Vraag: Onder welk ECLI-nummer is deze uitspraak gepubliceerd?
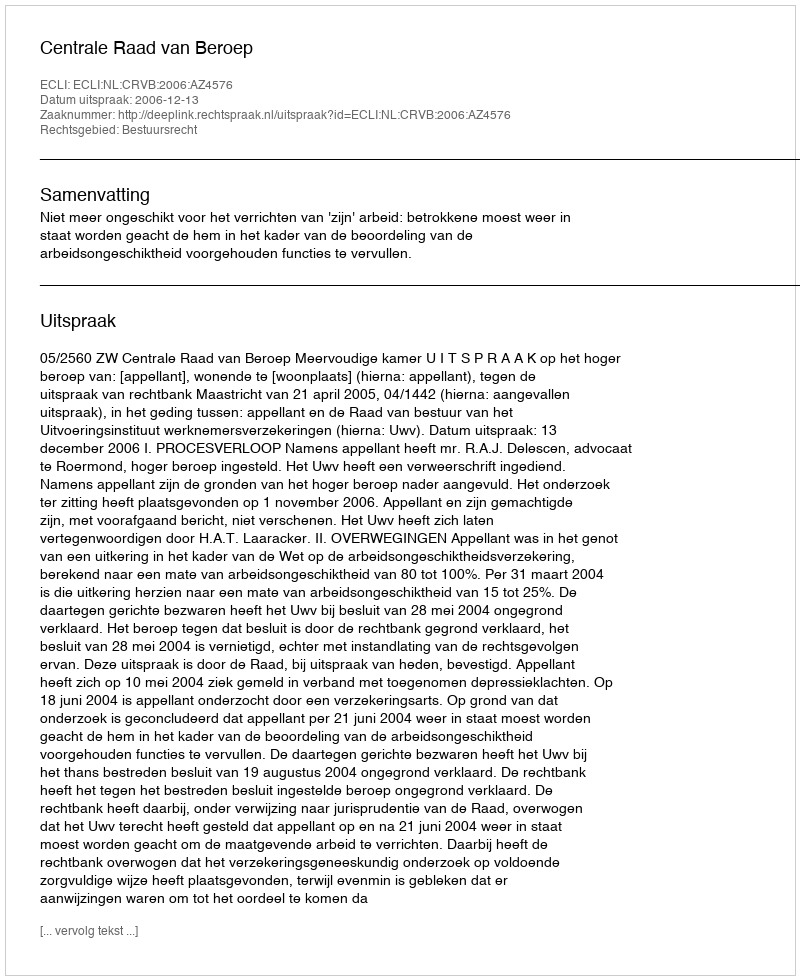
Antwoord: ECLI:NL:CRVB:2006:AZ4576